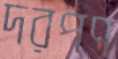
দরপণ